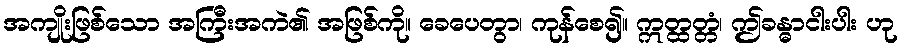
အကျိုးဖြစ်သော အကြီးအကဲ၏ အဖြစ်ကို။ ခေပေတွာ၊ ကုန်စေ၍။ ဣတ္ထတ္တံ၊ ဤခန္ဓာငါးပါး ဟု